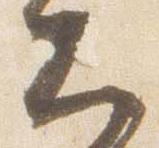
大